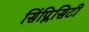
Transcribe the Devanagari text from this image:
सिंप्लिसिटी